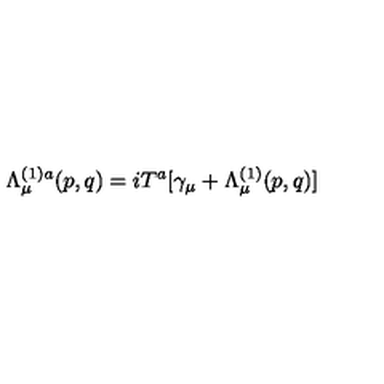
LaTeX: \Lambda _ { \mu } ^ { ( 1 ) a } ( p , q ) = i T ^ { a } [ \gamma _ { \mu } + \Lambda _ { \mu } ^ { ( 1 ) } ( p , q ) ]